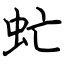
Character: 虻